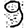
Digit: 9